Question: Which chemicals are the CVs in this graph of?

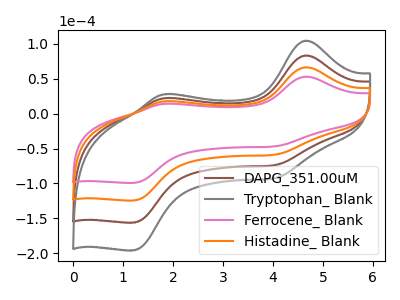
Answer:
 <answer>The brown curve is labeled "DAPG_351.00uM". The gray curve is labeled "Tryptophan_ Blank". The pink curve is labeled "Ferrocene_ Blank". The orange curve is labeled "Histadine_ Blank".</answer>
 <eval></eval>